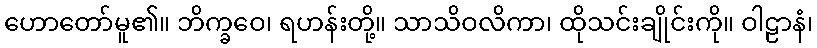
ဟောတော်မူ၏။ ဘိက္ခဝေ၊ ရဟန်းတို့။ သာသိဝလိကာ၊ ထိုသင်းချိုင်းကို။ ဝါဠာနံ၊